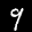
Label: 9